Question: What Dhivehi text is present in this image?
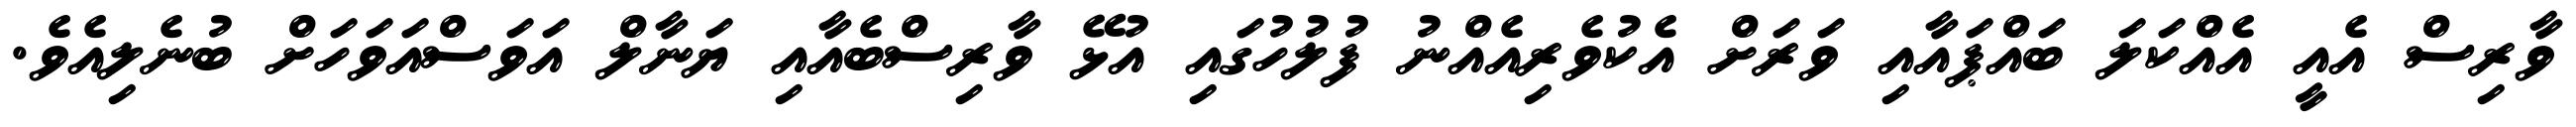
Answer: ވާރިސް އެއީ އެއްކަލަ ބައްޕައާއި ވަރަށް އެކުވެރިއެއްނު ފުލުހުގައި އުޅޭ ވާރިސްބެއާއި ޔަނާލް އަވަސްއަވަހަށް ބުނެލިއެވެ.